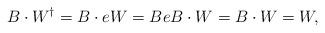
LaTeX: \begin{align*} B \cdot W^\dagger = B \cdot e W = B e B \cdot W = B \cdot W = W,\end{align*}